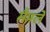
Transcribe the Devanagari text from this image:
मैपले